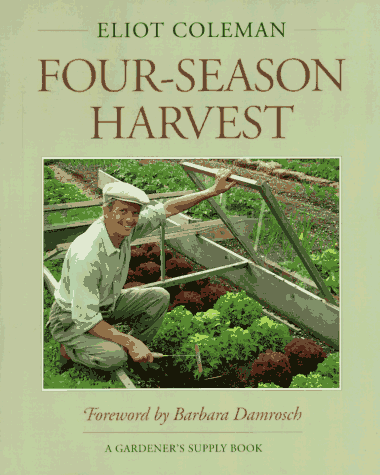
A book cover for Four-Season Harvest: How to Harvest Fresh Organic Vegetables from Your Home Garden All Year Long; Eliot Coleman; Crafts, Hobbies & Home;